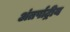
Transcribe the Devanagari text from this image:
अंतर्षाट्रीय